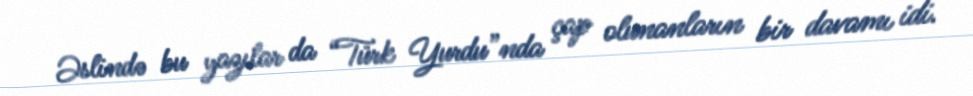
Əslində bu yazılar da “Türk Yurdu”nda çap olunanların bir davamı idi.